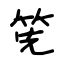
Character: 筅